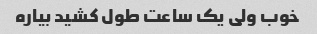
خوب ولی یک ساعت طول کشید بیاره